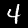
Digit: 4